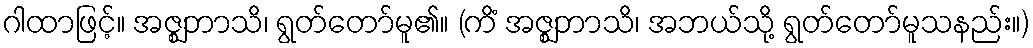
ဂါထာဖြင့်။ အဇ္ဈဘာသိ၊ ရွတ်တော်မူ၏။ (ကိံ အဇ္ဈဘာသိ၊ အဘယ်သို့ ရွတ်တော်မူသနည်း။)